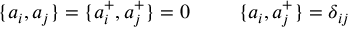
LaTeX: \{ a _ { i } , a _ { j } \} = \{ a _ { i } ^ { + } , a _ { j } ^ { + } \} = 0 \; \; \; \; \; \: \; \; \; \{ a _ { i } , a _ { j } ^ { + } \} = \delta _ { i j }